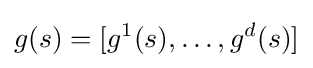
g(s)=[g^{1}(s),\ldots ,g^{d}(s)]